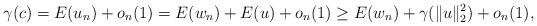
LaTeX: \begin{align*} \gamma(c)=E(u_n)+o_n(1) =E(w_n) +E(u)+o_n(1) \geq E(w_n) +\gamma(\|u\|_2^2)+o_n(1),\end{align*}